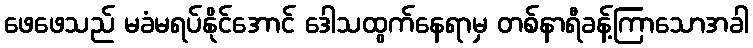
ဖေဖေသည် မခံမရပ်နိုင်အောင် ဒေါသထွက်နေရာမှ တစ်နာရီခန့်ကြာသောအခါ